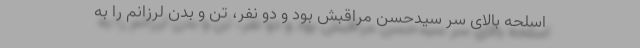
اسلحه بالای سر سیدحسن مراقبش بود و دو نفر، تن و بدن لرزانم را به